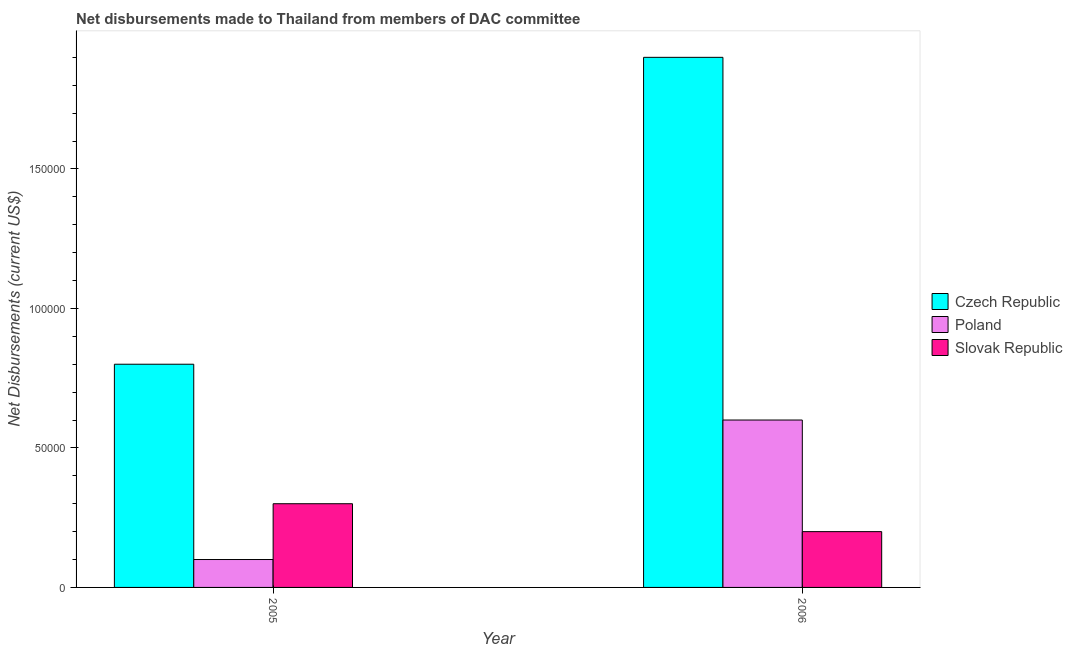
| Year | Czech Republic | Poland | Slovak Republic |
 | --- | --- | --- | --- |
 | 2005 | 8e+04 | 1e+04 | 3e+04 |
 | 2006 | 1.9e+05 | 6e+04 | 2e+04 |